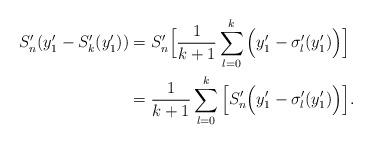
LaTeX: \begin{align*}S_n'(y_1'- S_k'(y_1') )&= S_n' \Big[\frac{1}{k+1} \sum_{l=0}^{k} \Big( y_1' - \sigma_l'(y_1') \Big) \Big]\\&= \frac{1}{k+1} \sum_{l=0}^{k} \Big[ S_n' \Big( y_1' - \sigma_l'(y_1') \Big) \Big].\end{align*}